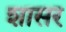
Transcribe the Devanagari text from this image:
शासर